King Institute of Preventive Medicine Micro-Biological Section reports 1912-19
Year: 1912
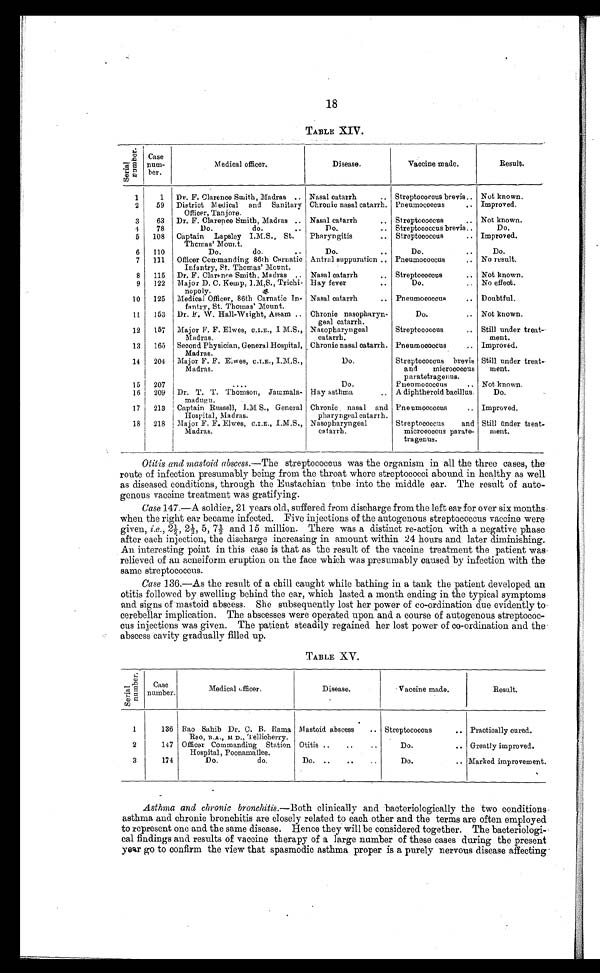
18
TABLE XIV.
S e r i a l n u m b e r .
Case
num-
ber.
Medical officer.
Disease.
Vaccine made.
Result.
1
1
Dr. F. Clarence Smith, Madras . . . Nasal catarrh . . .
Streptococcus brevis . . . Not known.
2
59
District Medical and Sanitary
Officer, Tanjore.
Chronic nasal catarrh.
P n e u m o c o c c u s . . . Improved.
3
63
Dr. F. Clarence Smith, Madras . . . Nasal catarrh . . .
Streptococcus . . . Not known.
4
78
Do.
do. . . .
Do. . . .
Streptococcus brevis . . .
Do.
5
108
Captain Lapsley I.M.S., St.
Thomas' Mount.
Pharyngitis . . .
Streptococcus . . . Improved.
6
110
Do.
do. . . .
Do. . . .
Do.
7
111
Officer Commanding 86th Carnatic
Infantry, St. Thomas' Mount.
Antral suppuration . . .
Pneumococcus . . . No result.
8
115
Dr. F. Clarence Smith, Madras . . . Nasal catarrh . . .
Streptococcus . . . Not known.
9
122
Major D. C. Kemp, I.M.S., Trichi-
nopoly.
Hay fever . . .
D o . . . .
No effect.
10
125
Medical Officer, 86th Carnatic in-
fantry, St. Thomas' Mount.
Nasal catarrh . . .
Pneumococcus . . . Doubtful.
11
153
Dr. F.W. Hall-Wright, Assam . . . Chronic nasopharyn-
geal catarrh.
Do. . . . Not known.
12
157
Major F. F. Elwes, C.I.E., 1 M.S.,
Madras.
Nasopharyngeal
catarrh.
Streptococcus . . .
Still under treat-
ment.
13
165
Second Physician, General Hospital,
Madras.
Chronic nasal catarrh. Pneumococcus . . . Improved.
14
204
Major F. F. Elwes, C.I.E., I.M.S.,
Madras.
Do.
Streptococcus brevis
and micrococcus
paratetragenus.
Still under treat-
ment.
15
207
. . .
Do.
Pneumococcus . . . Not known.
16
209
Dr. T. T. Thomson,
Jammala-
madugu.
Hay asthma . . .
A diphtheroid bacillus.
Do.
17
213
Captain Russell, I.M.S., General
Hospital, Madras.
Chronic nasal and
pharyngeal catarrh.
Pneumococcus . . . Improved.
18
218
Major F. F. Elwes, C.I.E., I.M.S.,
Madras.
Nasopharyngeal
catarrh.
Streptococcus and
micrecoccus parate-
tragenus.
Still ūnder treat-
ment.
Otitis and mastoid abscess.— The streptococcus was the organism in all the three cases, the
route of infection presumably being from the throat where streptococci abound in healthy as well
as diseased conditions, through the Eustachian tube into the middle ear. The result of auto--
genous vaccine treatment was gratifying.
Case 147.—A soldier, 21 years old, suffered from discharge from the left ear for over six months
when the right ear became infected. Five injections of the autogenous streptococcus vaccine were
given, i.e ., 2½, 2½, 5, 7½ and 15 million. There was a distinct re-action with a negative phase
after each injection, the discharge increasing in amount within 24 hours and later diminishing.
An interesting point in this case is that as the result of the vaccine treatment the patient was
relieved of an acneiform eruption on the face which was presumably caused by infection with the
same streptococcus.
Case 136.—As the result of a chill caught while bathing in a tank the patient developed an
otitis followed by swelling behind the ear, which lasted a month ending in the typical symptoms
and signs of mastoid abscess. She subsequently lost her power of co-ordination due evidently to
cerebellar implication. The abscesses were operated upon and a course of autogenous streptococ-
cus injections was given. The patient steadily regained her lost power of co-ordination and the
abscess cavity gradually filled up.
TABLE XV.
S e r i a l n u m b e r .
Case
number.
Medical officer.
Disease.
Vaccine made.
Result.
1
136
Rao Sahib Dr. C. B. Rama
Rao, B.A., M.D ., Tellicherry.
Mastoid abscess . . .
Streptococcus
. . . Practically cured.
2
147
Officer Commanding Station
Hospital, Poonamallee.
Otitis . . .
Do. . . .
Greatly improved.
3
174
D o.
d o .
Do. . . . Marked improvement.
Asthma and chronic bronchitis.— Both clinically and bacteriologically the two conditions
asthma and chronic bronchitis are closely related to each other and the terms are often employed
to represent one and the same disease. Hence they will be considered together. The bacteriologi--
cal findings and results of vaccine therapy of a large number of these cases during the present
year go to confirm the view that spasmodic asthma proper is a purely nervous disease affecting